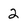
Character: 2